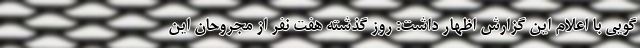
گویی با اعلام این گزارش اظهار داشت: روز گذشته هفت نفر از مجروحان این